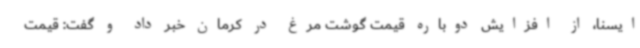
ایسنا، از افزایش دوباره قیمت گوشت مرغ در کرمان خبر داد و گفت: قیمت